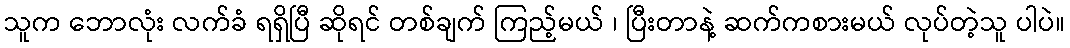
သူက ဘောလုံး လက်ခံ ရရှိပြီ ဆိုရင် တစ်ချက် ကြည့်မယ် ၊ ပြီးတာနဲ့ ဆက်ကစားမယ် လုပ်တဲ့သူ ပါပဲ။